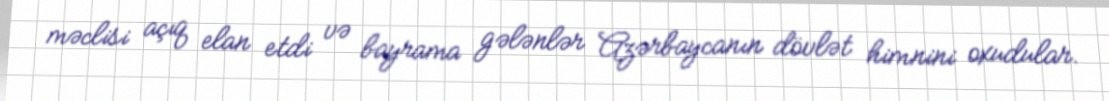
məclisi açıq elan etdi və bayrama gələnlər Azərbaycanın dövlət himnini oxudular.